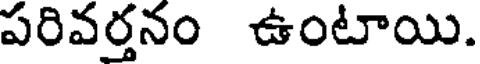
పరివర్తనం ఉంటాయి.